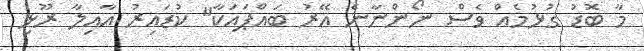
މާ ބޮޑު ގުޅުމެއް ވެސް ނޯންނާނެ އޭރު ބައްޕައަކާ" ކުޑައިރު އާއިލާ ރޫޅި